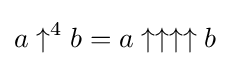
a\uparrow ^{4}b=a\uparrow \uparrow \uparrow \uparrow b